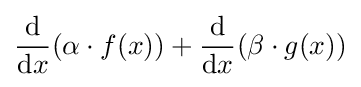
{\frac {\mbox{d}}{{\mbox{d}}x}}(\alpha \cdot f(x))+{\frac {\mbox{d}}{{\mbox{d}}x}}(\beta \cdot g(x))